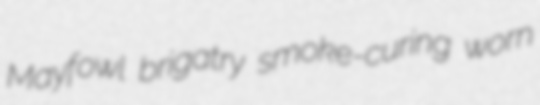
Mayfowl brigatry smoke-curing worn